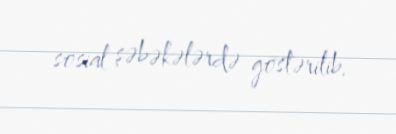
sosial şəbəkələrdə göstərilib.